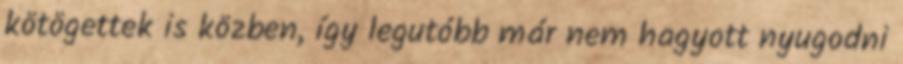
kötögettek is közben, így legutóbb már nem hagyott nyugodni